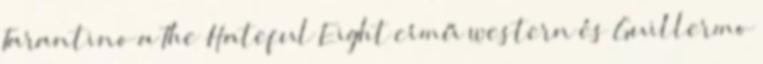
Tarantino a The Hateful Eight című western és Guillermo